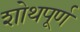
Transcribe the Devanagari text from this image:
शोथपूर्ण